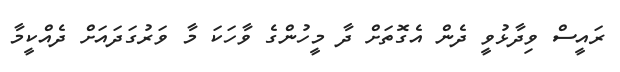
ރައީސް ވިދާޅުވީ ދެން އެގޮތަށް ދާ މީހުންގެ ވާހަކަ މާ ވަރުގަދައަށް ދެއްކީމާ